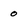
Character: 0